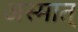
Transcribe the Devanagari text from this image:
अस्मात्‌